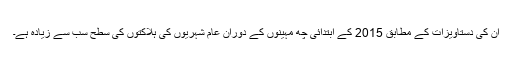
اُن کی دستاویزات کے مطابق 2015 کے ابتدائی چھ مہینوں کے دوران عام شہریوں کی ہلاکتوں کی سطح سب سے زیادہ ہے۔